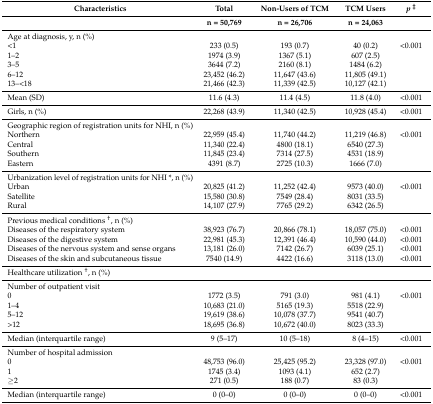
<table><thead><tr><td><b>Characteristics</b></td><td><b>Total</b></td><td><b>Non-Users of TCM</b></td><td><b>TCM Users</b></td><td><b><i>p</i><sup>‡</sup></b></td></tr><tr><td></td><td><b>n = 50,769</b></td><td><b>n = 26,706</b></td><td><b>n = 24,063</b></td><td></td></tr></thead><tbody><tr><td>Age at diagnosis, y, n (%)</td><td></td><td></td><td></td><td></td></tr><tr><td>&lt;1</td><td>233 (0.5)</td><td>193 (0.7)</td><td>40 (0.2)</td><td>&lt;0.001</td></tr><tr><td>1–2</td><td>1974 (3.9)</td><td>1367 (5.1)</td><td>607 (2.5)</td><td></td></tr><tr><td>3–5</td><td>3644 (7.2)</td><td>2160 (8.1)</td><td>1484 (6.2)</td><td></td></tr><tr><td>6–12</td><td>23,452 (46.2)</td><td>11,647 (43.6)</td><td>11,805 (49.1)</td><td></td></tr><tr><td>13–˂18</td><td>21,466 (42.3)</td><td>11,339 (42.5)</td><td>10,127 (42.1)</td><td></td></tr><tr><td>Mean (SD)</td><td>11.6 (4.3)</td><td>11.4 (4.5)</td><td>11.8 (4.0)</td><td>&lt;0.001</td></tr><tr><td>Girls, n (%)</td><td>22,268 (43.9)</td><td>11,340 (42.5)</td><td>10,928 (45.4)</td><td>&lt;0.001</td></tr><tr><td>Geographic region of registration units for NHI, n (%)</td><td></td><td></td><td></td><td></td></tr><tr><td>Northern</td><td>22,959 (45.4)</td><td>11,740 (44.2)</td><td>11,219 (46.8)</td><td>&lt;0.001</td></tr><tr><td>Central</td><td>11,340 (22.4)</td><td>4800 (18.1)</td><td>6540 (27.3)</td><td></td></tr><tr><td>Southern</td><td>11,845 (23.4)</td><td>7314 (27.5)</td><td>4531 (18.9)</td><td></td></tr><tr><td>Eastern</td><td>4391 (8.7)</td><td>2725 (10.3)</td><td>1666 (7.0)</td><td></td></tr><tr><td>Urbanization level of registration units for NHI *, n (%)</td><td></td><td></td><td></td><td></td></tr><tr><td>Urban</td><td>20,825 (41.2)</td><td>11,252 (42.4)</td><td>9573 (40.0)</td><td>&lt;0.001</td></tr><tr><td>Satellite</td><td>15,580 (30.8)</td><td>7549 (28.4)</td><td>8031 (33.5)</td><td></td></tr><tr><td>Rural</td><td>14,107 (27.9)</td><td>7765 (29.2)</td><td>6342 (26.5)</td><td></td></tr><tr><td>Previous medical conditions <sup>†</sup>, n (%)</td><td></td><td></td><td></td><td></td></tr><tr><td>Diseases of the respiratory system</td><td>38,923 (76.7)</td><td>20,866 (78.1)</td><td>18,057 (75.0)</td><td>&lt;0.001</td></tr><tr><td>Diseases of the digestive system</td><td>22,981 (45.3)</td><td>12,391 (46.4)</td><td>10,590 (44.0)</td><td>&lt;0.001</td></tr><tr><td>Diseases of the nervous system and sense organs</td><td>13,181 (26.0)</td><td>7142 (26.7)</td><td>6039 (25.1)</td><td>&lt;0.001</td></tr><tr><td>Diseases of the skin and subcutaneous tissue</td><td>7540 (14.9)</td><td>4422 (16.6)</td><td>3118 (13.0)</td><td>&lt;0.001</td></tr><tr><td>Healthcare utilization <sup>†</sup>, n (%)</td><td></td><td></td><td></td><td></td></tr><tr><td>Number of outpatient visit</td><td></td><td></td><td></td><td></td></tr><tr><td>0</td><td>1772 (3.5)</td><td>791 (3.0)</td><td>981 (4.1)</td><td>&lt;0.001</td></tr><tr><td>1–4</td><td>10,683 (21.0)</td><td>5165 (19.3)</td><td>5518 (22.9)</td><td></td></tr><tr><td>5–12</td><td>19,619 (38.6)</td><td>10,078 (37.7)</td><td>9541 (40.7)</td><td></td></tr><tr><td>&gt;12</td><td>18,695 (36.8)</td><td>10,672 (40.0)</td><td>8023 (33.3)</td><td></td></tr><tr><td>Median (interquartile range)</td><td>9 (5–17)</td><td>10 (5–18)</td><td>8 (4–15)</td><td>&lt;0.001</td></tr><tr><td>Number of hospital admission</td><td></td><td></td><td></td><td></td></tr><tr><td>0</td><td>48,753 (96.0)</td><td>25,425 (95.2)</td><td>23,328 (97.0)</td><td>&lt;0.001</td></tr><tr><td>1</td><td>1745 (3.4)</td><td>1093 (4.1)</td><td>652 (2.7)</td><td></td></tr><tr><td>≥2</td><td>271 (0.5)</td><td>188 (0.7)</td><td>83 (0.3)</td><td></td></tr><tr><td>Median (interquartile range)</td><td>0 (0–0)</td><td>0 (0–0)</td><td>0 (0–0)</td><td>&lt;0.001</td></tr></tbody></table>